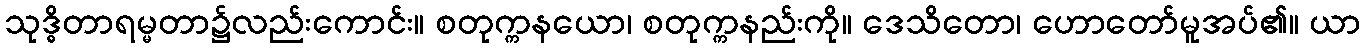
သုဒ္ဓိတာရမ္မတာ၌လည်းကောင်း။ စတုက္ကနယော၊ စတုက္ကနည်းကို။ ဒေသိတော၊ ဟောတော်မူအပ်၏။ ယာ